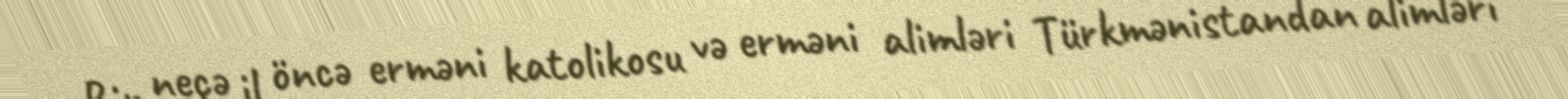
Bir neçə il öncə erməni katolikosu və erməni alimləri Türkmənistandan alimləri